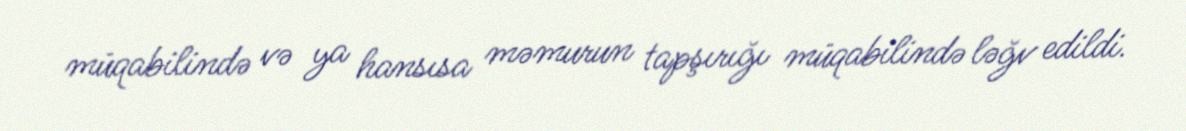
müqabilində və ya hansısa məmurun tapşırığı müqabilində ləğv edildi.